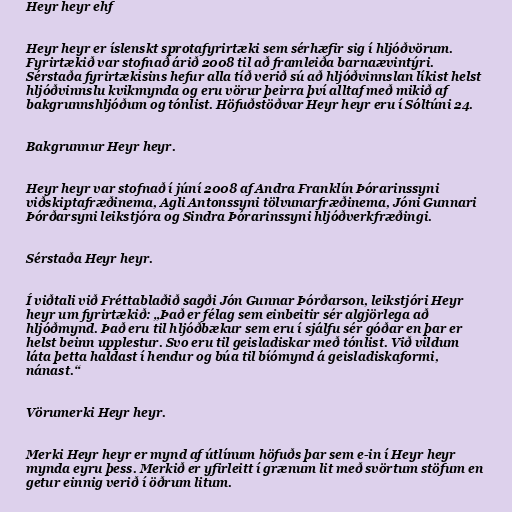
Heyr heyr ehf

Heyr heyr er íslenskt sprotafyrirtæki sem sérhæfir sig í hljóðvörum.
Fyrirtækið var stofnað árið 2008 til að framleiða barnaævintýri.
Sérstaða fyrirtækisins hefur alla tíð verið sú að hljóðvinnslan líkist helst
hljóðvinnslu kvikmynda og eru vörur þeirra því alltaf með mikið af
bakgrunnshljóðum og tónlist. Höfuðstöðvar Heyr heyr eru í Sóltúni 24.

Bakgrunnur Heyr heyr.

Heyr heyr var stofnað í júní 2008 af Andra Franklín Þórarinssyni
viðskiptafræðinema, Agli Antonssyni tölvunarfræðinema, Jóni Gunnari
Þórðarsyni leikstjóra og Sindra Þórarinssyni hljóðverkfræðingi.

Sérstaða Heyr heyr.

Í viðtali við Fréttablaðið sagði Jón Gunnar Þórðarson, leikstjóri Heyr
heyr um fyrirtækið: „Það er félag sem einbeitir sér algjörlega að
hljóðmynd. Það eru til hljóðbækur sem eru í sjálfu sér góðar en þar er
helst beinn upplestur. Svo eru til geisladiskar með tónlist. Við vildum
láta þetta haldast í hendur og búa til bíómynd á geisladiskaformi,
nánast.“

Vörumerki Heyr heyr.

Merki Heyr heyr er mynd af útlínum höfuðs þar sem e-in í Heyr heyr
mynda eyru þess. Merkið er yfirleitt í grænum lit með svörtum stöfum en
getur einnig verið í öðrum litum.